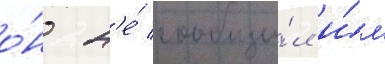
о́н н'е́ сообщи́л и́м